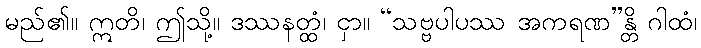
မည်၏။ ဣတိ၊ ဤသို့။ ဒဿနတ္ထံ၊ ငှာ။ “သဗ္ဗပါပဿ အကရဏ”န္တိ ဂါထံ၊